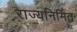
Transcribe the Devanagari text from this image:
राज्यनिर्मित